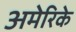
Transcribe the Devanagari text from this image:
अमेरिके